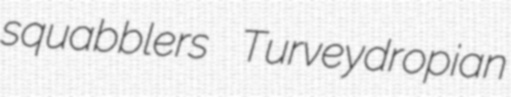
squabblers Turveydropian